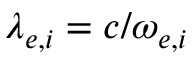
\lambda _ { e , i } = c / \omega _ { e , i }